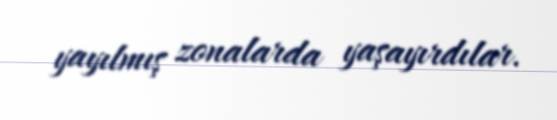
yayılmış zonalarda yaşayırdılar.